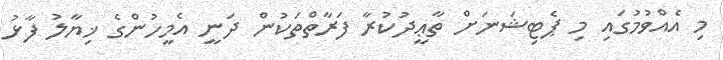
މި އެއްވުމުގައި މި ޕެޓިޝަނަށް ތާޢީދުކުރާ ފަރާތްތަކުން ދަނީ އެމީހުންގެ ޚިޔާލު ފާޅު